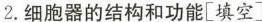
2.细胞器的结构和功能[填空]